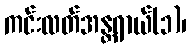
ကင်းလတ်အန္တရာယ်(၁)၊